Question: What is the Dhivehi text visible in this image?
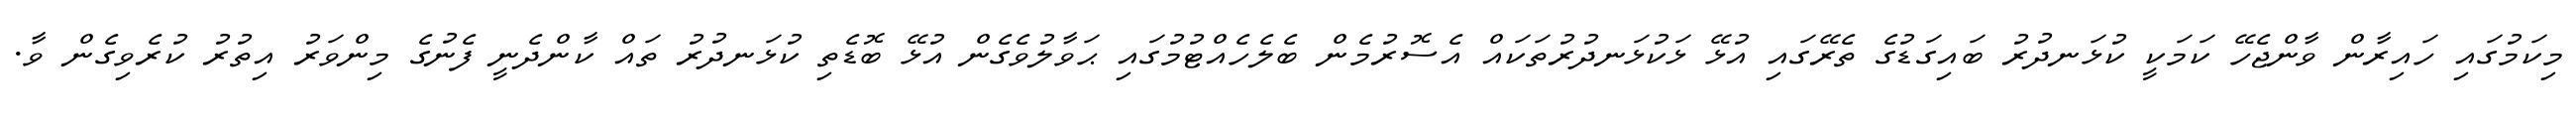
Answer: މިކަމުގައި ހައިރާން ވާންޖެހޭ ކަމަކީ ކުޅަނދުރު ބައިގަޑުގެ ތެރޭގައި އުޅޭ ޅަކުޅަނދުރުތަކައް އެސޮރުމެން ބެލެހެއްޓުމުގައި ޙަވާލުވެގެން އުޅޭ ބޮޑެތި ކުޅަނދުރު ތައް ކާންދެނީ ފެނުގެ މިންވަރު އިތުރު ކުރެވިގެން ވާ.